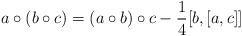
LaTeX: \begin{align*}a\circ (b\circ c)=(a\circ b)\circ c-\frac{1}{4}[b, [a,c]]\end{align*}